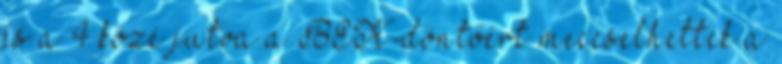
és a 4 közé jutva a BEK-döntőért meccselhettek a